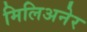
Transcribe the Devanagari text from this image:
मिलिअनेर